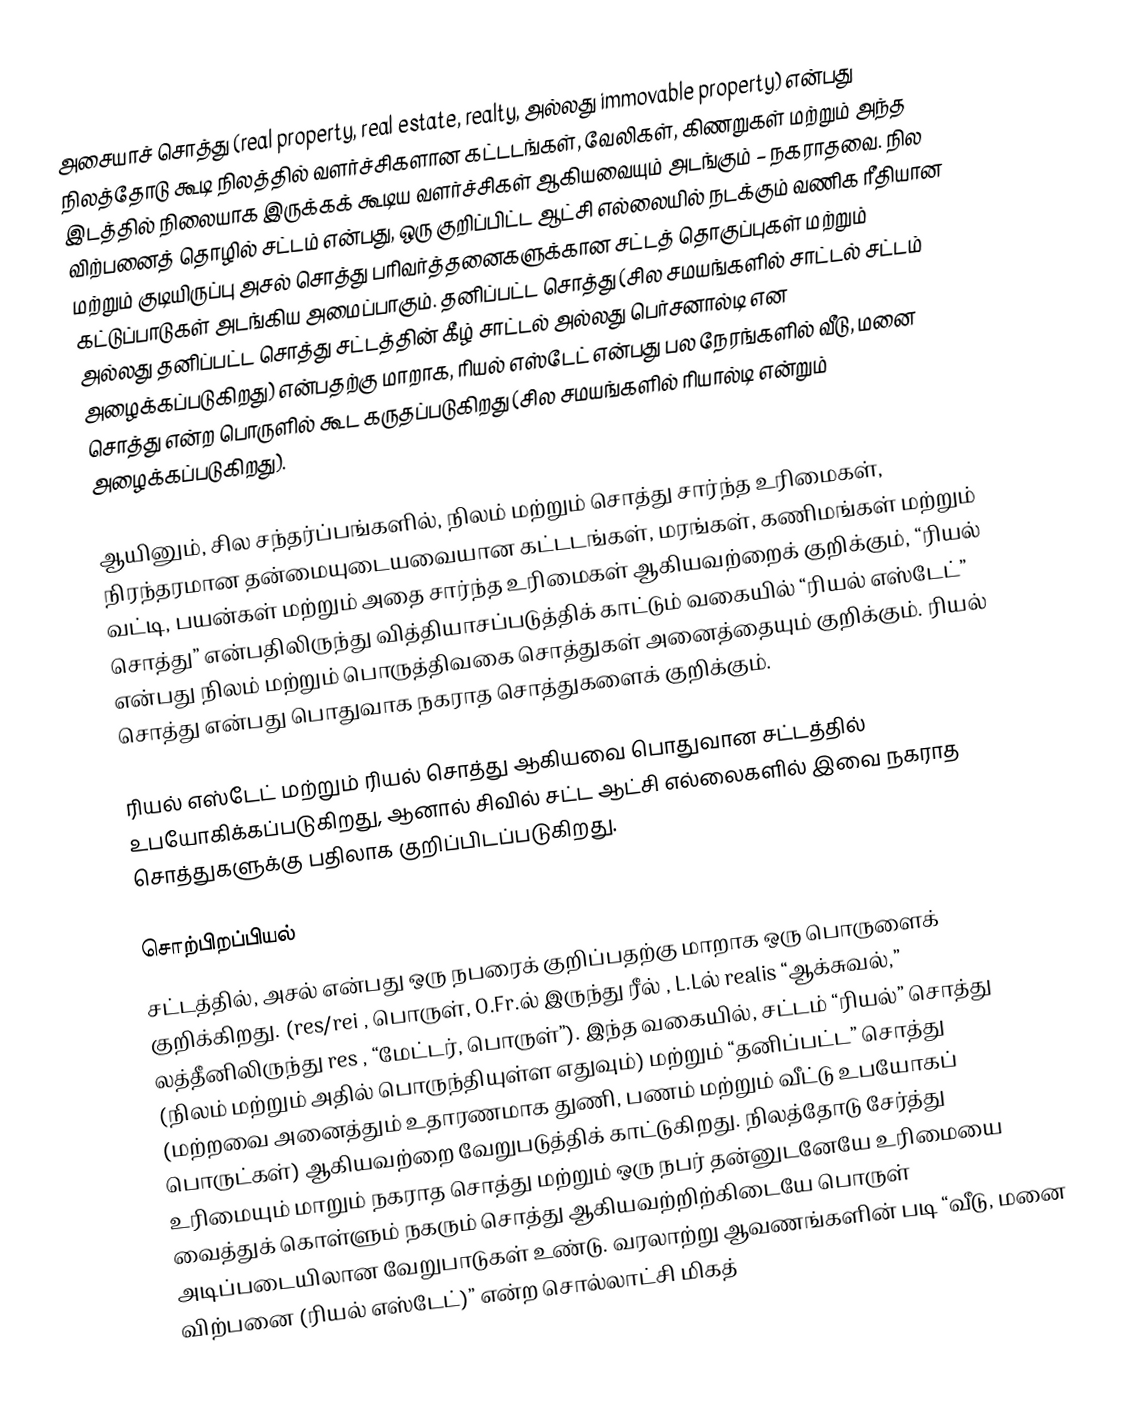
அசையாச் சொத்து (real property, real estate, realty, அல்லது immovable property) என்பது நிலத்தோடு கூடி நிலத்தில் வளர்ச்சிகளான கட்டடங்கள், வேலிகள், கிணறுகள் மற்றும் அந்த இடத்தில் நிலையாக இருக்கக் கூடிய வளர்ச்சிகள் ஆகியவையும் அடங்கும் – நகராதவை. நில விற்பனைத் தொழில் சட்டம் என்பது, ஒரு குறிப்பிட்ட ஆட்சி எல்லையில் நடக்கும் வணிக ரீதியான மற்றும் குடியிருப்பு அசல் சொத்து பரிவர்த்தனைகளுக்கான சட்டத் தொகுப்புகள் மற்றும் கட்டுப்பாடுகள் அடங்கிய அமைப்பாகும். தனிப்பட்ட சொத்து (சில சமயங்களில் சாட்டல் சட்டம் அல்லது தனிப்பட்ட சொத்து சட்டத்தின் கீழ் சாட்டல் அல்லது பெர்சனால்டி என அழைக்கப்படுகிறது) என்பதற்கு மாறாக, ரியல் எஸ்டேட் என்பது பல நேரங்களில் வீடு, மனை சொத்து என்ற பொருளில் கூட கருதப்படுகிறது (சில சமயங்களில் ரியால்டி என்றும் அழைக்கப்படுகிறது).

ஆயினும், சில சந்தர்ப்பங்களில், நிலம் மற்றும் சொத்து சார்ந்த உரிமைகள், நிரந்தரமான தன்மையுடையவையான கட்டடங்கள், மரங்கள், கணிமங்கள் மற்றும் வட்டி, பயன்கள் மற்றும் அதை சார்ந்த உரிமைகள் ஆகியவற்றைக் குறிக்கும், “ரியல் சொத்து” என்பதிலிருந்து வித்தியாசப்படுத்திக் காட்டும் வகையில் “ரியல் எஸ்டேட்” என்பது நிலம் மற்றும் பொருத்திவகை சொத்துகள் அனைத்தையும் குறிக்கும். ரியல் சொத்து என்பது பொதுவாக நகராத சொத்துகளைக் குறிக்கும்.

ரியல் எஸ்டேட் மற்றும் ரியல் சொத்து ஆகியவை பொதுவான சட்டத்தில் உபயோகிக்கப்படுகிறது, ஆனால் சிவில் சட்ட ஆட்சி எல்லைகளில் இவை நகராத சொத்துகளுக்கு பதிலாக குறிப்பிடப்படுகிறது.

சொற்பிறப்பியல்
சட்டத்தில், அசல் என்பது ஒரு நபரைக் குறிப்பதற்கு மாறாக ஒரு பொருளைக் குறிக்கிறது. (res/rei , பொருள், O.Fr.ல் இருந்து ரீல் , L.Lல் realis “ஆக்சுவல்,” லத்தீனிலிருந்து res , “மேட்டர், பொருள்”). இந்த வகையில், சட்டம் “ரியல்” சொத்து (நிலம் மற்றும் அதில் பொருந்தியுள்ள எதுவும்) மற்றும் “தனிப்பட்ட” சொத்து (மற்றவை அனைத்தும் உதாரணமாக துணி, பணம் மற்றும் வீட்டு உபயோகப் பொருட்கள்) ஆகியவற்றை வேறுபடுத்திக் காட்டுகிறது. நிலத்தோடு சேர்த்து உரிமையும் மாறும் நகராத சொத்து மற்றும் ஒரு நபர் தன்னுடனேயே உரிமையை வைத்துக் கொள்ளும் நகரும் சொத்து ஆகியவற்றிற்கிடையே பொருள் அடிப்படையிலான வேறுபாடுகள் உண்டு. வரலாற்று ஆவணங்களின் படி “வீடு, மனை விற்பனை (ரியல் எஸ்டேட்)” என்ற சொல்லாட்சி மிகத்